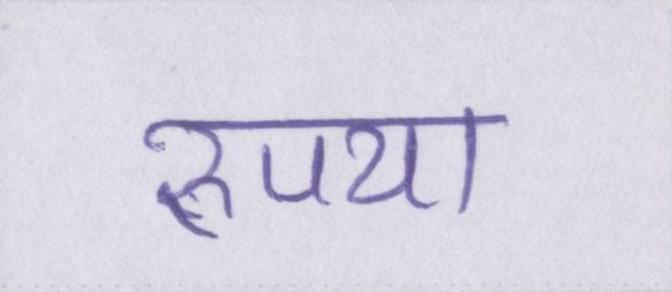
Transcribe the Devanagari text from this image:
रुपया